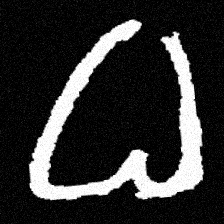
Pyu character \u2014 Myanmar letter: ဓ (romanized: dha)